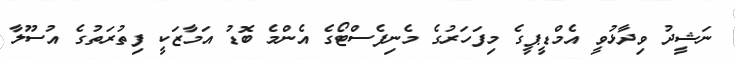
ނަޝީދު ވިދާޅުވީ އެމްޑީޕީގެ މިފަހަރުގެ މެނިފެސްޓޯގެ އެންމެ ބޮޑު އަމާޒަކީ ފިތުރަތުގެ އުސޫލާ